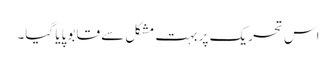
اس تحریک پر بہت مشکل سے قابو پایا گیا۔